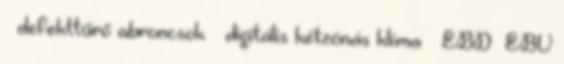
– defekttűrő abroncsok – digitális kétzónás klíma – EBD EBV